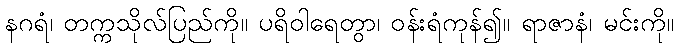
နဂရံ၊ တက္ကသိုလ်ပြည်ကို။ ပရိဝါရေတွာ၊ ဝန်းရံကုန်၍။ ရာဇာနံ၊ မင်းကို။